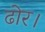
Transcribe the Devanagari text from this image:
ढोर।